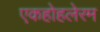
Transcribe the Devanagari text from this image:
एकहोहलेरम